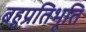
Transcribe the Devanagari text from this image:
बहुप्रतिभूति